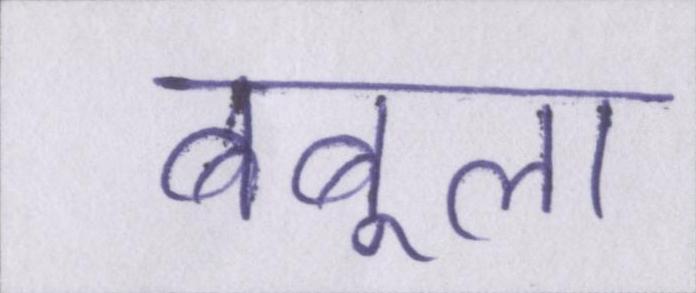
बबूला